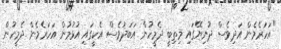
"އަހަރެމެން އަދިވެސް ދުނިޔޭގައި މިތިބީ ދެމީހުން އަބަދުވެސް އެކީގައި އުޅުމުން އަހަރެމެން ދެމީހުން